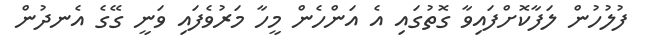
ފުލުހުން ލަފާކޮށްފައިވާ ގޮތުގައި އެ އަންހެން މީހާ މަރުވެފައި ވަނީ ގޭގެ އެނދުން